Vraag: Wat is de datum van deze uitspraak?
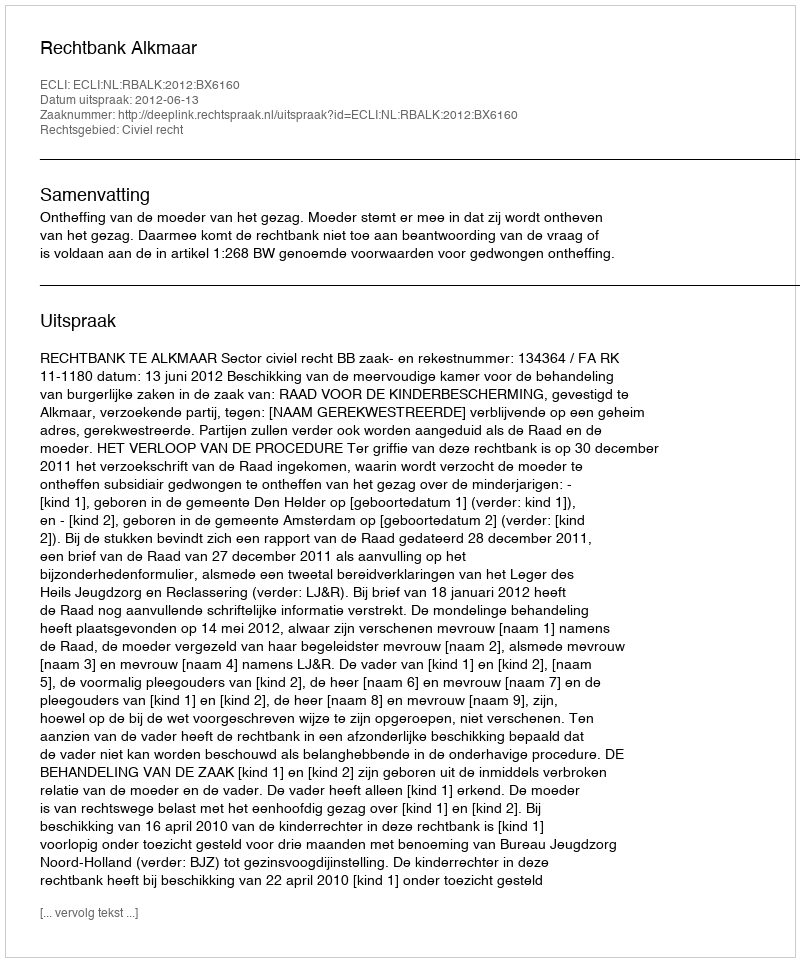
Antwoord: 2012-06-13